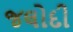
જલોદી